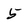
Character: 5